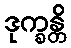
ဒုက္ခန္တိ